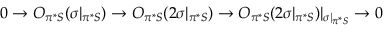
0 \rightarrow { \cal O } _ { \pi ^ { * } { \cal S } } ( \sigma | _ { \pi ^ { * } { \cal S } } ) \rightarrow { \cal O } _ { \pi ^ { * } { \cal S } } ( 2 \sigma | _ { \pi ^ { * } { \cal S } } ) \rightarrow { \cal O } _ { \pi ^ { * } { \cal S } } ( 2 \sigma | _ { \pi ^ { * } { \cal S } } ) | _ { \sigma | _ { \pi ^ { * } { \cal S } } } \rightarrow 0